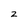
Character: z